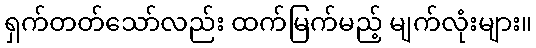
ရှက်တတ်သော်လည်း ထက်မြက်မည့် မျက်လုံးများ။